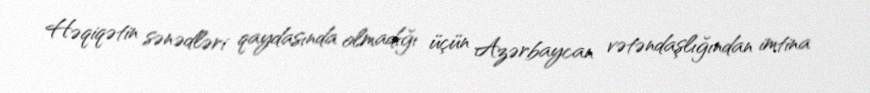
Həqiqətin sənədləri qaydasında olmadığı üçün Azərbaycan vətəndaşlığından imtina